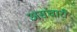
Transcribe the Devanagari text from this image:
असंचारी